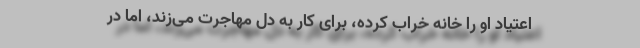
اعتیاد او را خانه خراب کرده، برای کار به دل مهاجرت می‌زند، اما در